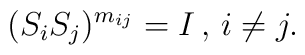
( S_i S_j)^{m_{ij}} =  I \, , \, i\neq j.